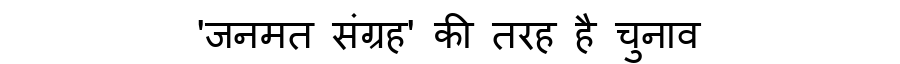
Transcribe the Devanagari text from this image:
'जनमत संग्रह' की तरह है चुनाव